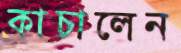
কাচালেন